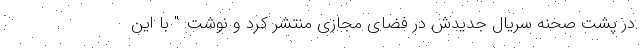
در پشت صحنه سریال جدیدش در فضای مجازی منتشر کرد و نوشت: " با این